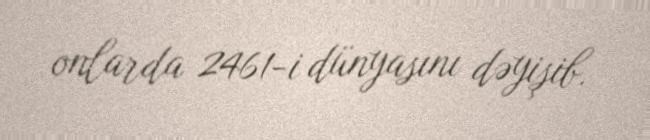
onlarda 2461-i dünyasını dəyişib.